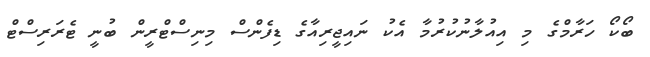
ބޯކޯ ހަރާމްގެ މި އިއުލާނުކުރުމާ އެކު ނައިޖީރިއާގެ ޑިފެންސް މިނިސްޓްރީން ބުނީ ޓެރަރިސްޓް